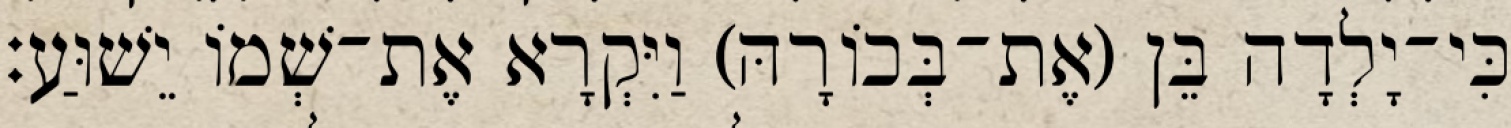
כִּי־יָלְדָה בֵּן (אֶת־בְּכוֹרָהּ) וַיִּקְרָא אֶת־שְׁמוֹ יֵשׁוּעַ׃